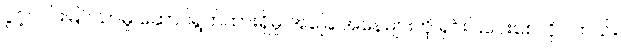
ပွင့်လင်းမြင်သာမှု ဆောင်ရွက်ထားရှိမှု အခြေ အနေများကို ရှင်းပြပေးစေလိုပါတယ်။